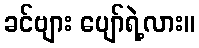
ခင်ဗျား ပျော်ရဲ့လား။